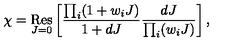
\chi = \mathop { \mathrm { R e s } } _ { J = 0 } \left[ \frac { \prod _ { i } ( 1 + w _ { i } J ) } { 1 + d J } \frac { d J } { \prod _ { i } ( w _ { i } J ) } \right] ,